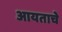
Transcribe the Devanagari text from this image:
आयताचे